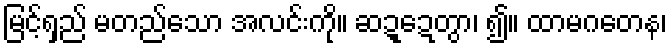
မြင့်ရှည် မတည်သော အလင်းကို။ ဆဍ္ဍေတွာ၊ ၍။ ထာမဂတေန၊